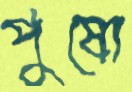
পুষো